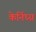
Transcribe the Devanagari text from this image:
केर्निघ्ग्न